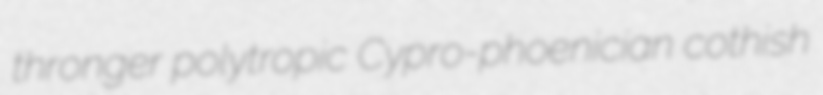
thronger polytropic Cypro-phoenician cothish